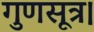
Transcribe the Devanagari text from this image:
गुणसूत्र।